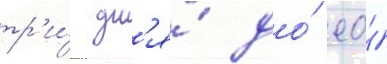
тр'и́ дн'я́ до́ ео́